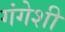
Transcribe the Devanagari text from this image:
गंगेशी